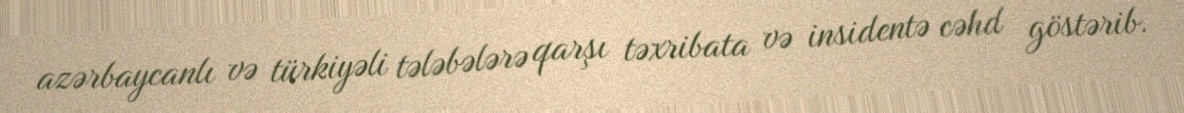
azərbaycanlı və türkiyəli tələbələrə qarşı təxribata və insidentə cəhd göstərib.